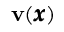
{ \bf v } ( { \pmb x } )